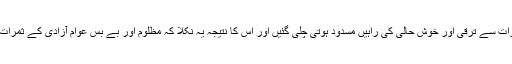
آمریت کے مسموم اثرات سے ترقی اور خوش حالی کی راہیں مسدود ہوتی چلی گئیں اور اس کا نتیجہ یہ نکلا کہ مظلوم اور بے بس عوام آزادی کے ثمرات سے محروم ہو گئے۔